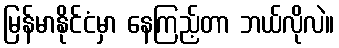
မြန်မာနိုင်ငံမှာ နေကြည့်တာ ဘယ်လိုလဲ။